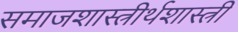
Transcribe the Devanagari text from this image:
समाजशास्त्रीर्थशास्त्री